Indian journal of veterinary science and animal husbandry - Volume 13,
Year: 1943
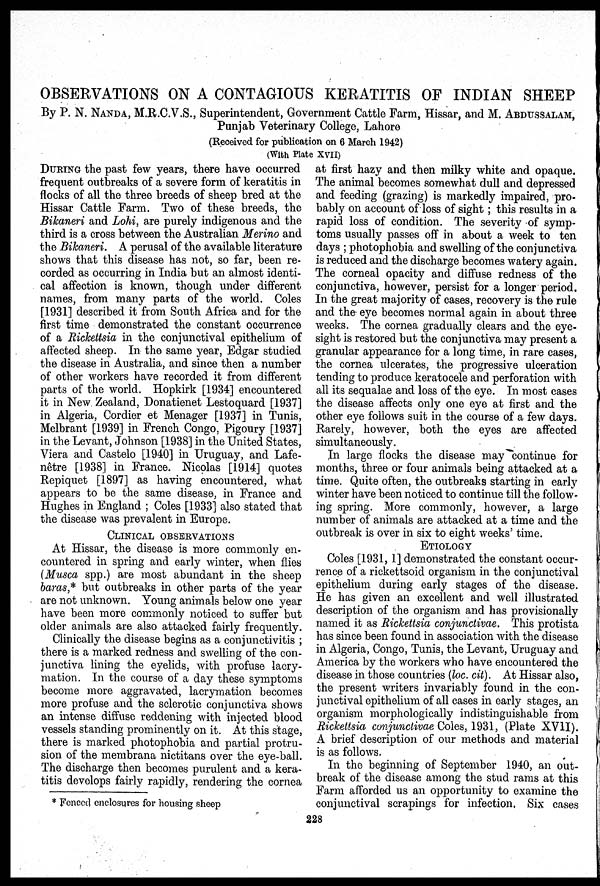
OBSERVATIONS ON A CONTAGIOUS KERATITIS OF INDIAN SHEEP
By P. N. NANDA, M.R.C.V.S., Superintendent, Government Cattle Farm, Hissar, and M. ABDUSSALAM,
Punjab Veterinary College, Lahore
(Received for publication on 6 March 1942)
(With Plate XVII)
DURING the past few years, there have occurred
frequent outbreaks of a severe form of keratitis in
flocks of all the three breeds of sheep bred at the
Hissar Cattle Farm. Two of these breeds, the
Bikaneri and Lohi, are purely indigenous and the
third is a cross between the Australian Merino and
the Bikaneri. A perusal of the available literature
shows that this disease has not, so far, been re-
corded as occurring in India but an almost identi-
cal affection is known, though under different
names, from many parts of the world. Coles
[1931] described it from South Africa and for the
first time demonstrated the constant occurrence
of a Rickettsia in the conjunctival epithelium of
affected sheep. In the same year, Edgar studied
the disease in Australia, and since then a number
of other workers have recorded it from different
parts of the world. Hopkirk [1934] encountered
it in New Zealand, Donatienet Lestoquard [1937]
in Algeria, Cordier et Menager [1937] in Tunis,
Melbrant [1939] in French Congo, Pigoury [1937]
in the Levant, Johnson [1938] in the United States,
Viera and Castelo [1940] in Uruguay, and Lafe-
nêtre [1938] in France. Nicolas [1914] quotes
Repiquet [1897] as having encountered, what
appears to be the same disease, in France and
Hughes in England; Coles [1933] also stated that
the disease was prevalent in Europe.
CLINICAL OBSERVATIONS
At Hissar, the disease is more commonly en-
countered in spring and early winter, when flies
(Musca spp.) are most abundant in the sheep
baras,* but outbreaks in other parts of the year
are not unknown. Young animals below one year
have been more commonly noticed to suffer but
older animals are also attacked fairly frequently.
Clinically the disease begins as a conjunctivitis;
there is a marked redness and swelling of the con-
junctiva lining the eyelids, with profuse lacry-
mation. In the course of a day these symptoms
become more aggravated, lacrymation becomes
more profuse and the sclerotic conjunctiva shows
an intense diffuse reddening with injected blood
vessels standing prominently on it. At this stage,
there is marked photophobia and partial protru-
sion of the membrana nictitans over the eye-ball.
The discharge then becomes purulent and a kera-
titis develops fairly rapidly, rendering the cornea
at first hazy and then milky white and opaque.
The animal becomes somewhat dull and depressed
and feeding (grazing) is markedly impaired, pro-
bably on account of loss of sight; this results in a
rapid loss of condition. The severity of symp-
toms usually passes off in about a week to ten
days; photophobia and swelling of the conjunctiva
is reduced and the discharge becomes watery again.
The corneal opacity and diffuse redness of the
conjunctiva, however, persist for a longer period.
In the great majority of cases, recovery is the rule
and the eye becomes normal again in about three
weeks. The cornea gradually clears and the eye-
sight is restored but the conjunctiva may present a
granular appearance for a long time, in rare cases,
the cornea ulcerates, the progressive ulceration
tending to produce keratocele and perforation with
all its sequalae and loss of the eye. In most cases
the disease affects only one eye at first and the
other eye follows suit in the course of a few days.
Rarely, however, both the eyes are affected
simultaneously.
In large flocks the disease may continue for
months, three or four animals being attacked at a
time. Quite often, the outbreaks starting in early
winter have been noticed to continue till the follow-
ing spring. More commonly, however, a large
number of animals are attacked at a time and the
outbreak is over in six to eight weeks' time.
ETIOLOGY
Coles [1931, 1] demonstrated the constant occur-
rence of a rickettsoid organism in the conjunctival
epithelium during early stages of the disease.
He has given an excellent and well illustrated
description of the organism and has provisionally
named it as Rickettsia conjunctivae. This protista
has since been found in association with the disease
in Algeria, Congo, Tunis, the Levant, Uruguay and
America by the workers who have encountered the
disease in those countries (loc. cit). At Hissar also,
the present writers invariably found in the con-
junctival epithelium of all cases in early stages, an
organism morphologically indistinguishable from
Rickettsia conjunctivae Coles, 1931, (Plate XVII).
A brief description of our methods and material
is as follows.
In the beginning of September 1940, an out-
break of the disease among the stud rams at this
Farm afforded us an opportunity to examine the
conjunctival scrapings for infection, Six cases
* Fenced enclosures for housing sheep
228